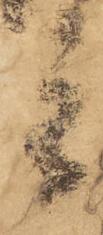
主